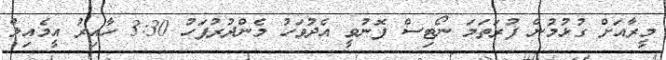
މީރާއަށް ގުޅުމުން ފުރަތަމަ ނޯޓިސް ފޮނުވީ އެދުވަހު މެންދުރުފަހު 3:30 ހާއިރު އީމެއިލް